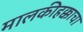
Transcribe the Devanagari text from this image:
मालकीहक्काचा